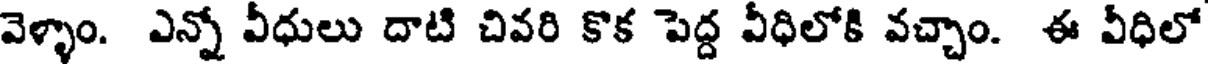
వెళ్ళాం. ఎన్నో వీధులు దాటి చివరి కొక పెద్ద వీధిలోకి వచ్చాం. ఈ వీధిలో